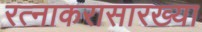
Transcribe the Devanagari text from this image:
रत्नाकरासारख्या